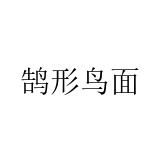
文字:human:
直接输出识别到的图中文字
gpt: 鹄形鸟面